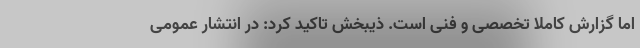
اما گزارش کاملا تخصصی و فنی است. ذیبخش تاکید کرد: در انتشار عمومی